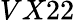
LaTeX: VX22